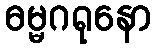
ဓမ္မဂရုနော